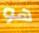
هو